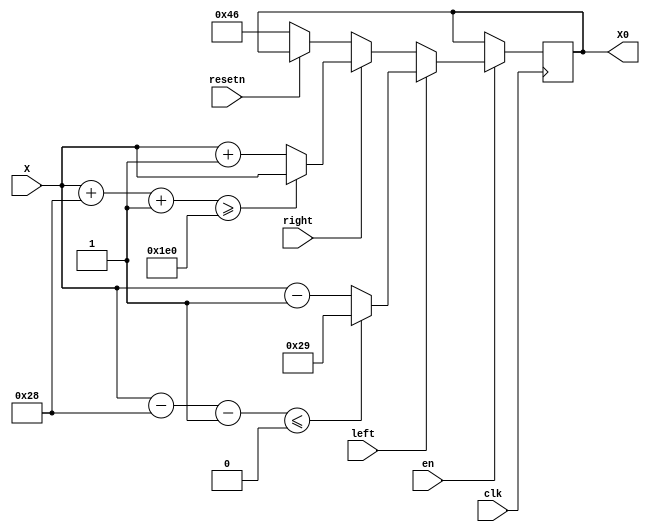
module paddle(X, clk, resetn, left, right, X0, en);
	input en;
	input clk;
	input [7:0] X;
	input resetn;
	input left;
	input right;
	output reg [7:0] X0; 

	always @(posedge clk)
	if (en == 1'b1)
	// Move to the left
		 if (left == 1'd1) begin
			if (X - 6'b101000- 1'b1 <= 1'b0)
			  X0 <= 1'b1 + 6'b101000;

			else
					  X0 <= X - 1;
		end



// Move to the right
		else if (right == 1'd1) begin
		
		if (X + 6'b101000 + 1'b1 >= 9'b111100000)
				  X0 <= X;

		else
				X0 <= X + 8'd1;
		end


	else if (resetn == 1'b0) 
		X0 <= 8'b01000110;

endmodule // paddleshift